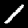
Digit: 1